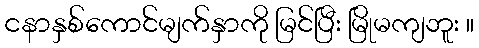
ငနာနှစ်ကောင်မျက်နှာကို မြင်ပြီး မြိုမကျဘူး ။